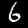
Label: 6